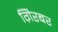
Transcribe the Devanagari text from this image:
ग़िरबर